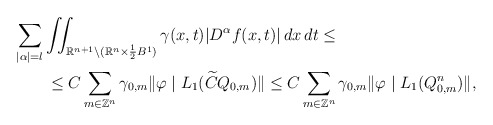
\begin{align*}&\sum_{|\alpha|=l}\iint_{\mathbb{R}^{n+1} \setminus (\mathbb{R}^{n} \times \frac{1}{2}B^{1})}\gamma(x,t)|D^\alpha f(x,t)|\,dx\,dt \le\\&\qquad\le C\sum_{m\in\mathbb Z^n}\gamma_{0,m}\|\varphi\mid L_1(\widetilde CQ_{0,m})\|\le C\sum_{m\in\mathbb Z^n}\gamma_{0,m}\|\varphi\mid L_1(Q^n_{0,m})\|,\end{align*}